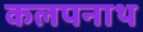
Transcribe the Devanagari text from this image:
कलपनाथ